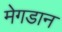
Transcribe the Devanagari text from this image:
मेगडान